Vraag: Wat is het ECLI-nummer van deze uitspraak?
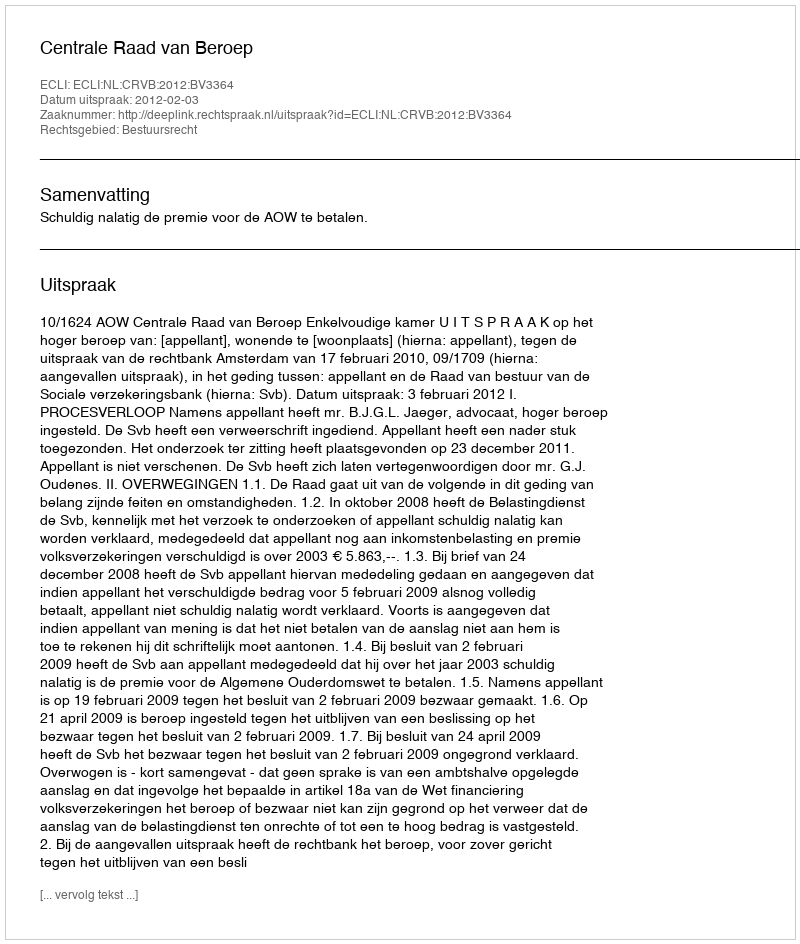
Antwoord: ECLI:NL:CRVB:2012:BV3364